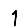
Digit: 1